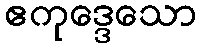
ဧကုဒ္ဒေသော